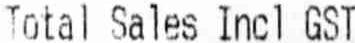
TOTAL SALES INCL GST